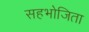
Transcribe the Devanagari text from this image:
सहभोजिता